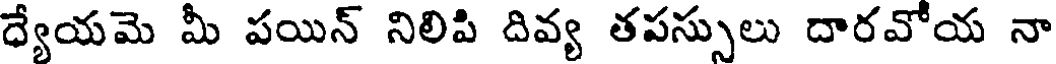
ధ్యేయమె మీ పయిన్ నిలిపి దివ్య తపస్సులు దారవోయ నా